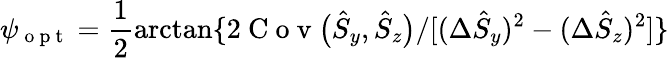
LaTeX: \psi_{\mathrm{~o~p~t~}}=\frac{1}{2}\arctan\{ 2\mathrm{~C~o~v~}\big(\hat{S}_{y},\hat{S}_{z}\big)/[(\Delta\hat{S}_{y})^{2}-(\Delta\hat{S}_{z})^{2}]\}